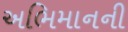
અભિમાનની